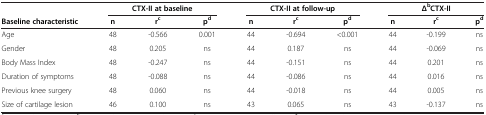
|  | <COLSPAN=3> CTX-II at baseline | <COLSPAN=3> CTX-II at follow-up | <COLSPAN=3> ΔbCTX-II |
 | Baseline characteristic | n | rc | pd | n | rc | pd | n | rc | pd |
 | --- | --- | --- | --- | --- | --- | --- | --- | --- | --- |
 | Age | 48 | -0.566 | 0.001 | 44 | -0.694 | <0.001 | 44 | -0.199 | ns |
 | Gender | 48 | 0.205 | ns | 44 | 0.187 | ns | 44 | -0.069 | ns |
 | Body Mass Index | 48 | -0.247 | ns | 44 | -0.151 | ns | 44 | 0.201 | ns |
 | Duration of symptoms | 48 | -0.088 | ns | 44 | -0.086 | ns | 44 | 0.016 | ns |
 | Previous knee surgery | 48 | 0.060 | ns | 44 | -0.018 | ns | 44 | 0.005 | ns |
 | Size of cartilage lesion | 46 | 0.100 | ns | 43 | 0.065 | ns | 43 | -0.137 | ns |